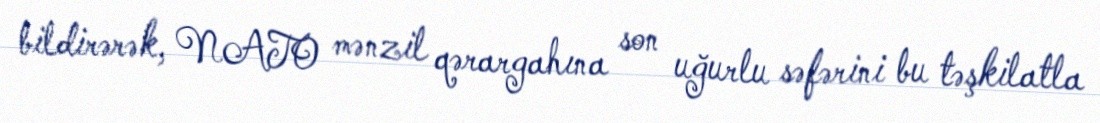
bildirərək, NATO mənzil qərargahına son uğurlu səfərini bu təşkilatla